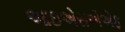
આઇએસએએફ